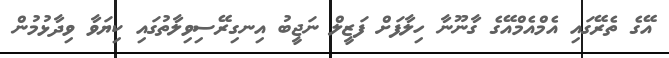
އޭގެ ތެރޭގައި އެމްއެމްއޭގެ ގާނޫނާ ހިލާފަށް ފަޒީލް ނަޖީބު އިނގިރޭސިވިލާތުގައި ކިޔަވާ ވިދާޅުމުން